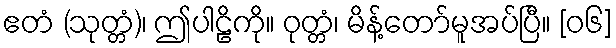
ဧတံ (သုတ္တံ)၊ ဤပါဠိကို။ ဝုတ္တံ၊ မိန့်တော်မူအပ်ပြီ။ [၀၆]